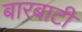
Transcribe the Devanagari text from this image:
बारबाटी